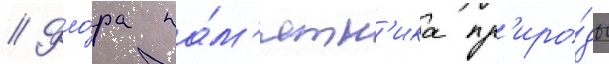
// Фло́ра па́м'ятн'ика пр'иро́ды